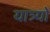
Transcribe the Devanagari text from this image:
यात्र्यों